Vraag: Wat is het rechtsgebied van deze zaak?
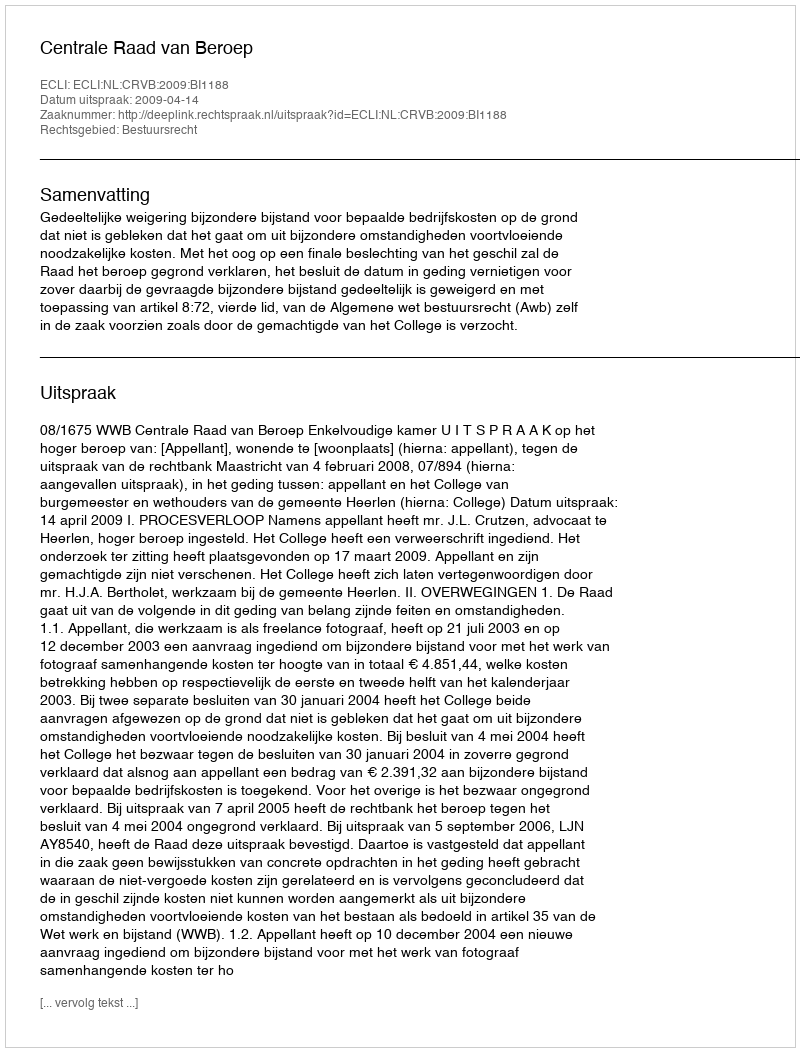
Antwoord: Bestuursrecht